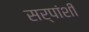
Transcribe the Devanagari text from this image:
सर्पांशी